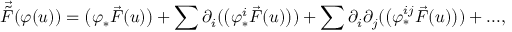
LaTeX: \vec { \tilde { F } } ( \varphi ( u ) ) = \big ( \varphi _ { * } \vec { F } ( u ) \big ) + \sum \partial _ { i } ( \big ( \varphi _ { * } ^ { i } \vec { F } ( u ) \big ) ) + \sum \partial _ { i } \partial _ { j } ( \big ( \varphi _ { * } ^ { i j } \vec { F } ( u ) \big ) ) + . . . ,